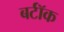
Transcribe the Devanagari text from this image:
बर्टॉक